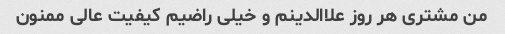
من مشتری هر روز علاالدینم و خیلی راضیم کیفیت عالی ممنون